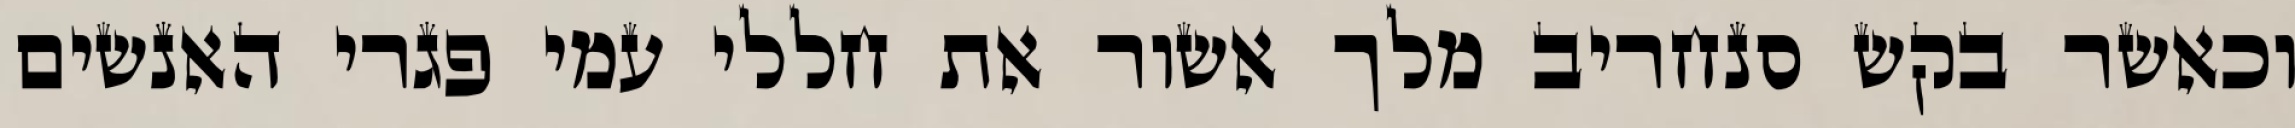
וכאשר בקש סנחריב מלך אשור את חללי עמי פגרי האנשים